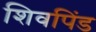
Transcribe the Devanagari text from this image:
शिवपिंड